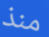
منذ